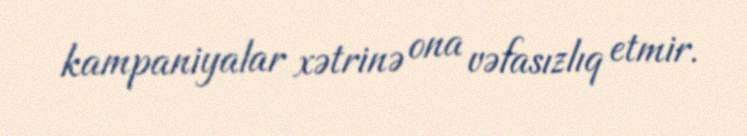
kampaniyalar xətrinə ona vəfasızlıq etmir.